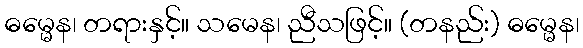
ဓမ္မေန၊ တရားနှင့်။ သမေန၊ ညီသဖြင့်။ (တနည်း) ဓမ္မေန၊